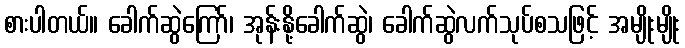
စားပါတယ်။ ခေါက်ဆွဲကြော်၊ အုန်းနို့ခေါက်ဆွဲ၊ ခေါက်ဆွဲလက်သုပ်စသဖြင့် အမျိုးမျိုး